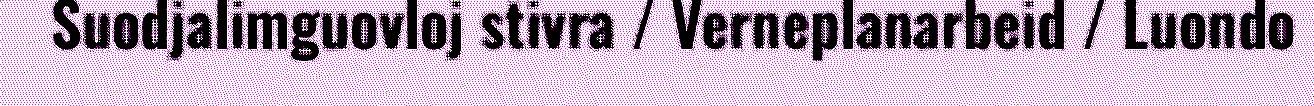
Suodjalimguovloj stivra / Verneplanarbeid / Luondo